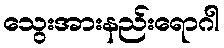
သွေးအားနည်းရောဂါ